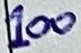
Text: 100